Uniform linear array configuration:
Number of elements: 24
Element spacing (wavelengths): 0.25
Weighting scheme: hann
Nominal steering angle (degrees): -30
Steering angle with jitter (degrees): -30.861
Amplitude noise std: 0.05
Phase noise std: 0.05

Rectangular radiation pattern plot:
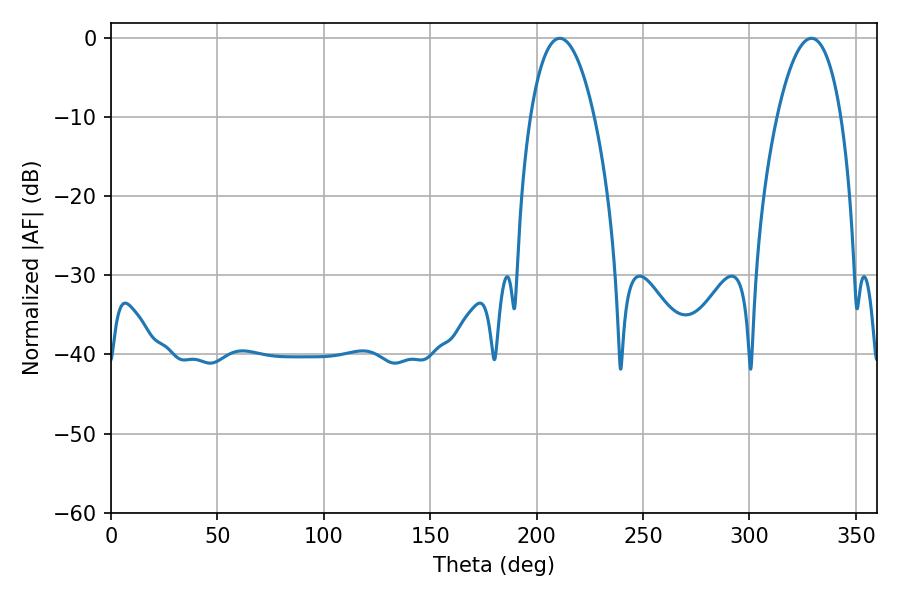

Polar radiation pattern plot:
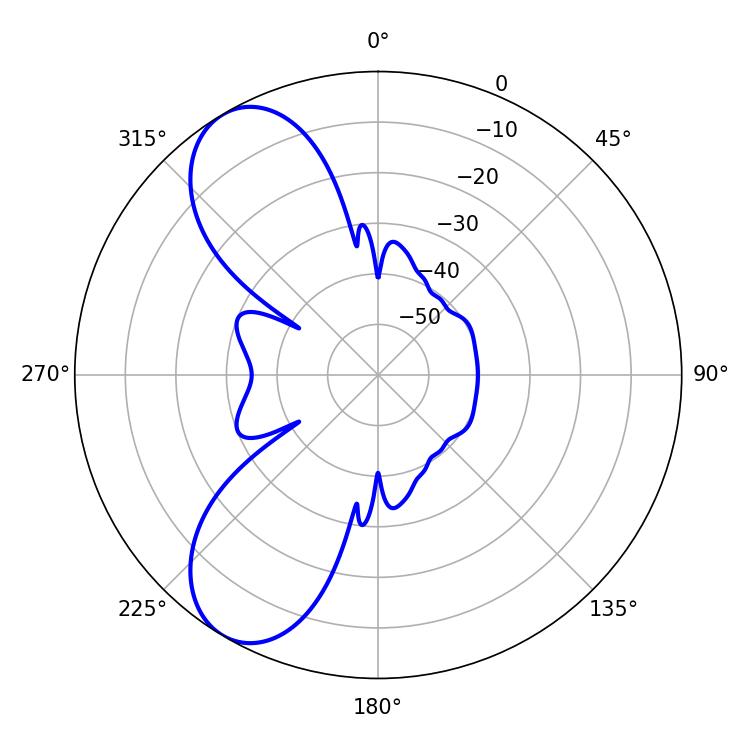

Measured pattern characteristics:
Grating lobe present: FALSE
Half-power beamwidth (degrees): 16.74
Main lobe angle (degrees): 210.78